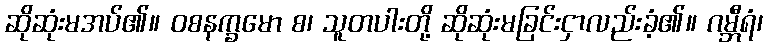
ဆိုဆုံးမအပ်၏။ ဝစနက္ခမော စ၊ သူတပါးတို့ ဆိုဆုံးမခြင်းငှာလည်းခံ့၏။ ဂမ္ဘီရံ၊